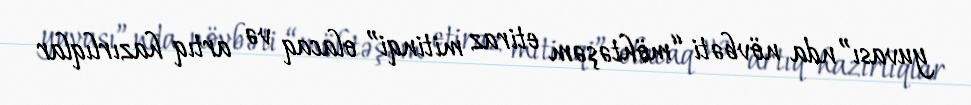
yuvası”nda növbəti “möhtəşəm etiraz mitinqi” olacaq və artıq hazırlıqlar